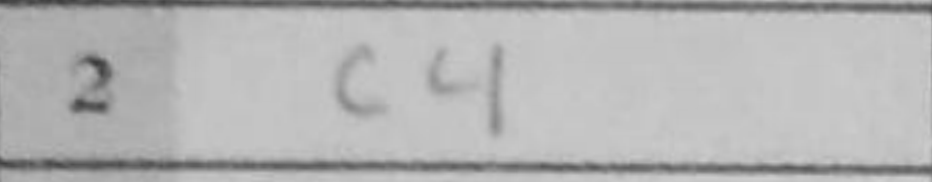
Transcription: c4